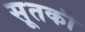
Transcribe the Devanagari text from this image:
सूतकी